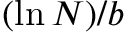
( \ln { N } ) / b